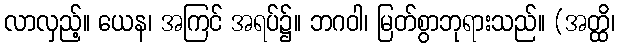
လာလှည့်။ ယေန၊ အကြင် အရပ်၌။ ဘဂဝါ၊ မြတ်စွာဘုရားသည်။ (အတ္ထိ၊